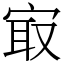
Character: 㝡